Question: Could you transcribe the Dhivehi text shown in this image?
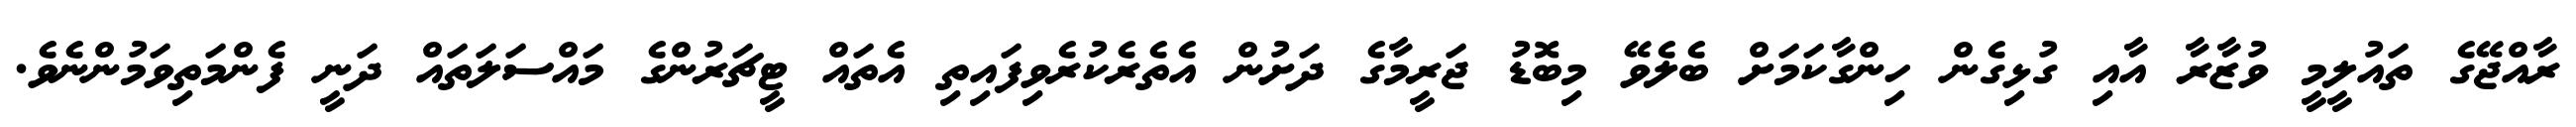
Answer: ރާއްޖޭގެ ތައުލީމީ ވުޒާރާ އާއި ގުޅިގެން ހިންގާކަމަށް ބެލެވޭ މިބޮޑު ޖަރީމާގެ ދަށުން އެތެރެކުރެވިފައިތި އެތައް ޓީޗަރުންގެ މައްސަލަތައް ދަނީ ފެންމަތިވަމުންނެވެ.